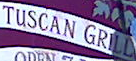
TUSCAN GRILL